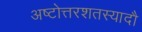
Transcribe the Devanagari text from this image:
अष्टोत्तरशतस्यादौ